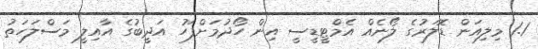
1.1 މިލިއަން ޑޮލަރުގެ ލޯނެއް އެމްޓީޑީސީ އިން ހޯދުމަށްފަހު އަދީބުގެ އާއިލީ މަސްލަހަތު